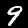
Digit: 9